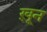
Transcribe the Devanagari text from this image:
ख़़ून